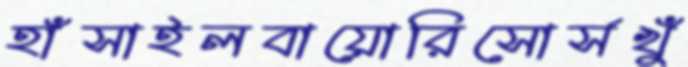
হাঁসাইলবায়োরিসোর্সখুঁ